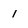
Character: 1